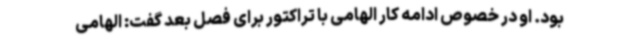
بود. او در خصوص ادامه کار الهامی با تراکتور برای فصل بعد گفت: الهامی